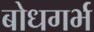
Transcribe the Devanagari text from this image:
बोधगर्भ